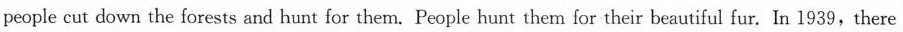
people cut down the forests and hunt for them. People hunt them for their beautiful fur. In 1939,there